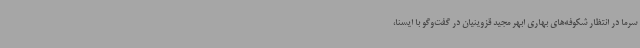
سرما در انتظار شکوفه‌های بهاری ابهر مجید قزوینیان در گفت‌وگو با ایسنا،